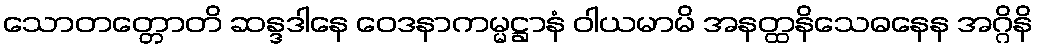
သောတတ္တောတိ ဆန္ဒဒါနေ ဝေဒနာကမ္မဋ္ဌာနံ ဝါယမာမိ အနတ္ထနိသေဓနေန အဂ္ဂိနိ